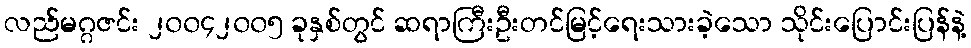
လည်မဂ္ဂဇင်း ၂၀၀၄၂၀၀၅ ခုနှစ်တွင် ဆရာကြီးဦးတင်မြင့်ရေးသားခဲ့သော သိုင်းပြောင်းပြန်နဲ့